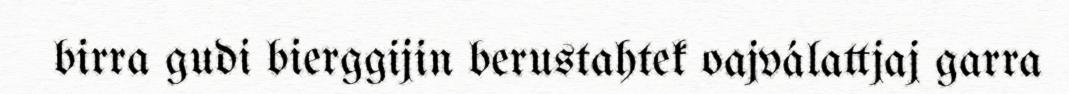
birra gudi bierggijin berustahtek oajválattjaj garra